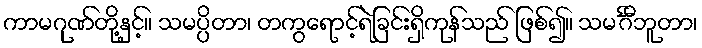
ကာမဂုဏ်တို့နှင့်။ သမပ္ပိတာ၊ တကွရောင့်ရဲခြင်းရှိကုန်သည် ဖြစ်၍။ သမင်္ဂီဘူတာ၊